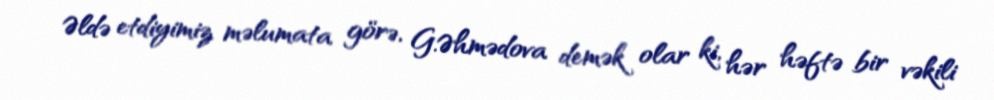
Əldə etdiyimiz məlumata görə, G.Əhmədova demək olar ki, hər həftə bir vəkili